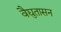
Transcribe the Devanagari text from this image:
वैद्युतासन